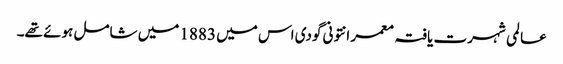
عا لمی شہرت یافتہ معمر انتونی گودی اس میں 1883 میں شامل ہوئے تھے۔